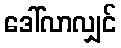
ဒေါ်လာလျှင်